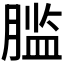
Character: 𰯂